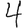
Digit: 4